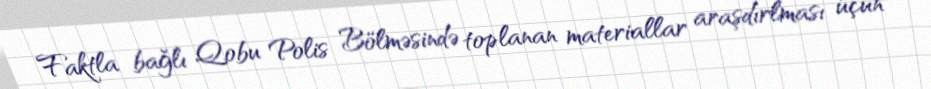
Faktla bağlı Qobu Polis Bölməsində toplanan materiallar araşdırlması üçün